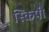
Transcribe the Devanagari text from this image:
स्किपी